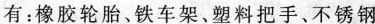
有：橡胶轮胎、铁车架、塑料把手、不锈钢